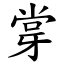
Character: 牚